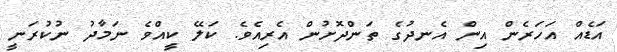
އަޑެއް އަހަރެން އިން އެނދުގެ ތަންދޮށުން އެރިއެވެ. ކަލޭ ކީއްވެ ނަމާދު ނުކުރަނީ